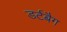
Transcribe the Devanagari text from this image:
डर्टबैग